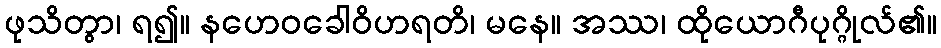
ဖုသိတွာ၊ ရ၍။ နဟေဝခေါဝိဟရတိ၊ မနေ။ အဿ၊ ထိုယောဂီပုဂ္ဂိုလ်၏။